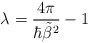
\begin{align*}\lambda =\frac{4\pi }{\hbar \tilde{\beta} ^2}-1 \end{align*}